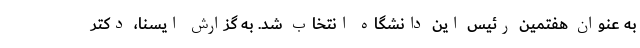
به عنوان هفتمین رئیس این دانشگاه انتخاب شد. به گزارش ایسنا، دکتر